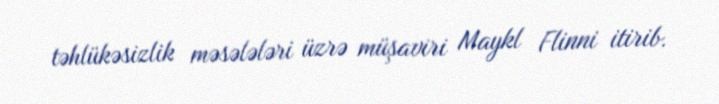
təhlükəsizlik məsələləri üzrə müşaviri Maykl Flinni itirib.